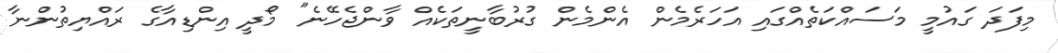
މިފަދަ ގައުމީ މަސައްކަތެއްގައި އަހަރެމެން އެންމެން ގުރުބާނީތަކެއް ވާންޖެހޭނެ" މޯދީ އިންޑިއާގެ ރައްޔިތުންނާ